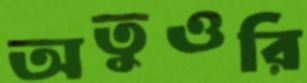
অতুওরি